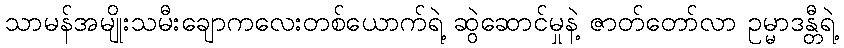
သာမန်အမျိုးသမီးချောကလေးတစ်ယောက်ရဲ့ ဆွဲဆောင်မှုနဲ့ ဇာတ်တော်လာ ဥမ္မာဒန္တီရဲ့